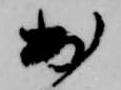
出